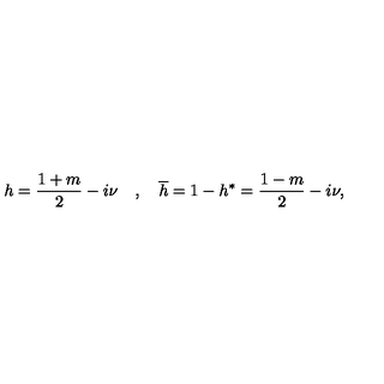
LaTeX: h = \frac { 1 + m } 2 - i \nu \quad , \quad \overline { { h } } = 1 - h ^ { * } = \frac { 1 - m } 2 - i \nu ,